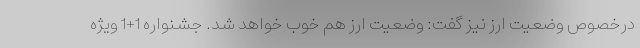
درخصوص وضعیت ارز نیز گفت: وضعیت ارز هم خوب خواهد شد. جشنواره 1+1 ویژه